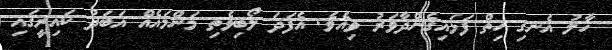
ހާލު އެނގި ހިތް ފަޅައިގެންދާވަރު ވިއެވެ. އެފަދަ ލޯބިވެތި މަންމައެއް އަބަދު ކައިރީގައި